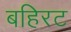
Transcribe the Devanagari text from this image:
बहिरट